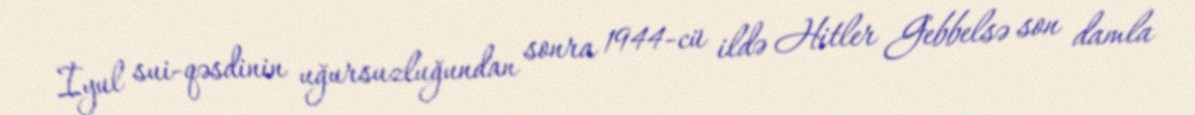
İyul sui-qəsdinin uğursuzluğundan sonra 1944-cü ildə Hitler Gebbelsə son damla